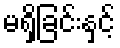
မရှိခြင်းနှင့်